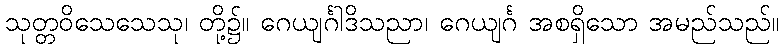
သုတ္တဝိသေသေသု၊ တို့၌။ ဂေယျင်္ဂါဒိသညာ၊ ဂေယျင်္ဂ အစရှိသော အမည်သည်။